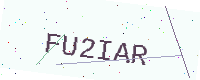
Text: FU2IAR